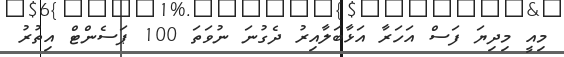
މިއީ މިދިޔަ ފަސް އަހަރާ އަޅާބަލާއިރު ދެގުނަ ނުވަތަ 100 ޕަސެންޓް އިތުރު